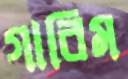
গারিম